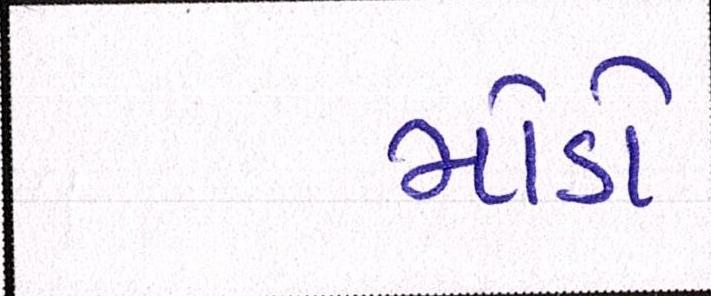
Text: મોડો